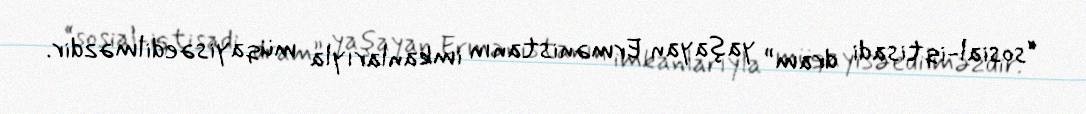
“sosial-iqtisadi dram” yaşayan Ermənistanın imkanlarıyla müqayisəedilməzdir.